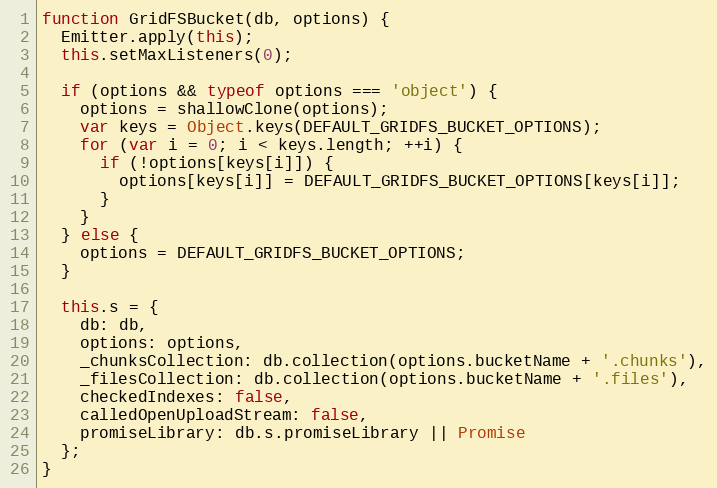
Language: JavaScript
function GridFSBucket(db, options) {
  Emitter.apply(this);
  this.setMaxListeners(0);

  if (options && typeof options === 'object') {
    options = shallowClone(options);
    var keys = Object.keys(DEFAULT_GRIDFS_BUCKET_OPTIONS);
    for (var i = 0; i < keys.length; ++i) {
      if (!options[keys[i]]) {
        options[keys[i]] = DEFAULT_GRIDFS_BUCKET_OPTIONS[keys[i]];
      }
    }
  } else {
    options = DEFAULT_GRIDFS_BUCKET_OPTIONS;
  }

  this.s = {
    db: db,
    options: options,
    _chunksCollection: db.collection(options.bucketName + '.chunks'),
    _filesCollection: db.collection(options.bucketName + '.files'),
    checkedIndexes: false,
    calledOpenUploadStream: false,
    promiseLibrary: db.s.promiseLibrary || Promise
  };
}